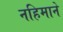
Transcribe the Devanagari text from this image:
नहिमाने